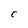
Character: C